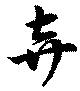
棄